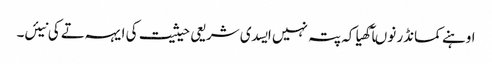
اوہنے کمانڈر نوںآکھیا کہ پتہ نہیں ایسدی شریعی حیثیت کی ایہہ تے کی نیئں۔